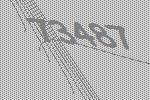
73487